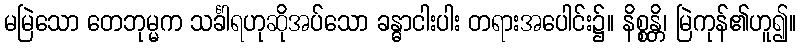
မမြဲသော တေဘုမ္မက သင်္ခါရဟုဆိုအပ်သော ခန္ဓာငါးပါး တရားအပေါင်း၌။ နိစ္စန္တိ၊ မြဲကုန်၏ဟူ၍။